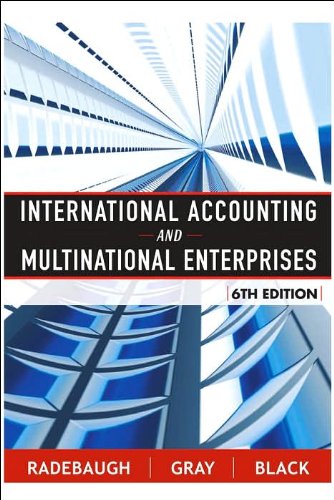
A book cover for International Accounting and Multinational Enterprises, 6th; Lee H. Radebaugh; Business & Money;